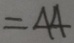
= 4 4